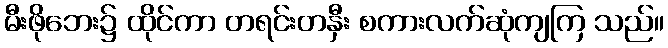
မီးဖိုဘေး၌ ထိုင်ကာ တရင်းတနှီး စကားလက်ဆုံကျကြ သည်။